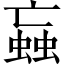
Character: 蝱